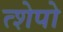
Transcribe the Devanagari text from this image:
त्शेपो